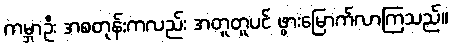
ကမ္ဘာဦး အစတုန်းကလည်း အတူတူပင် ဖွားမြောက်လာကြသည်။